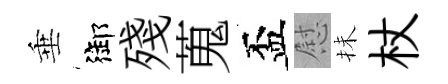
垂御殘蒐盃慰抺杖